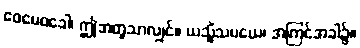
ဧဝမေဝခေါ၊ ဤအတူသာလျှင်။ ယသ္မိံသမယေ၊ အကြင်အခါ၌။